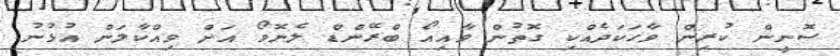
ސޮނީން ކުރިން ވާހަކަދެއްކި ގޮތުން ވާއިއޯ ބްރޭންޑް ލެނޮވޯ އަށް ވިއްކާލަން އުޅުނު